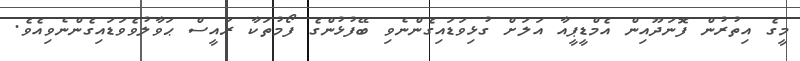
މީގެ އިތުރުން ފޮނަދޫއިން އެމްޑީޕީއާ އަލަށް ގުޅިވަޑައިގެންނެވި ބޭފުޅުންގެ ފޯމުތަކާ ރައީސް ޙަވާލުވެވަޑައިގެންނެވިއެވެ.